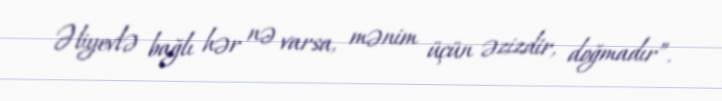
Əliyevlə bağlı hər nə varsa, mənim üçün əzizdir, doğmadır”.